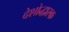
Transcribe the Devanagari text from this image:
देशोद्धारक